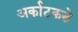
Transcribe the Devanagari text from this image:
अर्काटकडे